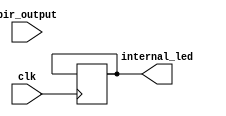
module motion (
    input wire clk,         // Clock input
    input wire pir_output,  // PIR sensor output
    output reg internal_led // Internal LED output
);

reg [23:0] counter = 0; // 24-bit counter for LED blink timing with reset
reg motion_detected;     // Motion detection flag

always @(posedge clk) begin
    // Reset the counter on each rising edge of the clock
    if (counter == 24000000) begin
        counter <= 0;
    end else begin
        counter <= counter + 1;
    end

    // Check PIR sensor output for motion
    if (pir_output) begin
        motion_detected <= 1;
    end else begin
        motion_detected <= 0;
    end
end

always @(posedge clk) begin
    // Toggle the internal LED output based on the counter value if motion is detected
    if (counter == 24000000 && motion_detected) begin
        internal_led <= ~internal_led; // Toggle the internal LED state
    end
end

endmodule